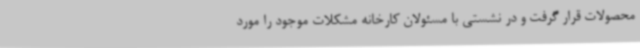
محصولات قرار گرفت و در نشستی با مسئولان کارخانه مشکلات موجود را مورد